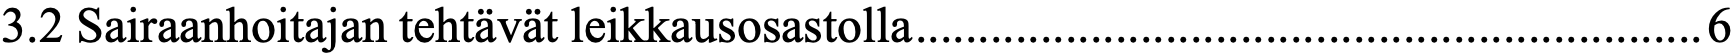
3.2 Sairaanhoitajan tehtävät leikkausosastolla ............................................................... 6